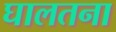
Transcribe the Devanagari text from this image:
घालतना